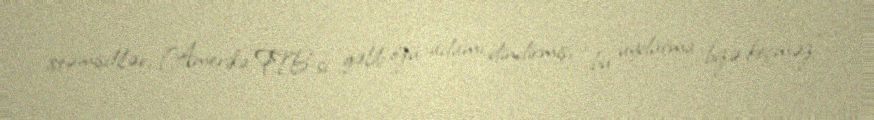
istəmişdilər, Amerika FTB-si gəlib özü adamı dindirmiş, “bu uydurma bizə keçməz”